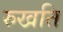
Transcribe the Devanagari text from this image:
रुखति